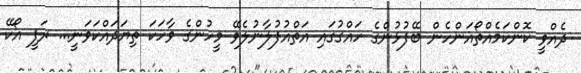
ދެއްވީ ކޮންކަމެއްތޯއަންހެން ބޭފުޅުންގެ ހައްގުގައި އަތްއުފުލާނުލެވޭ މީހުންގެ ވާހަކަ ތިޔަދައްކަވަނީ... ރަފީ އޯކޭ